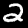
Digit: 2